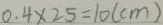
0 . 4 \times 2 5 = 1 0 ( c m )